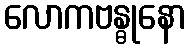
လောကဗန္ဓုနော